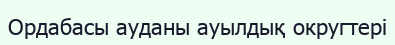
Ордабасы ауданы ауылдық округтері